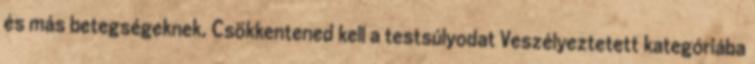
és más betegségeknek. Csökkentened kell a testsúlyodat Veszélyeztetett kategóriába